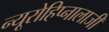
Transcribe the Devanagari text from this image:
न्यूरोहिप्नालाजी